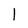
Character: 1